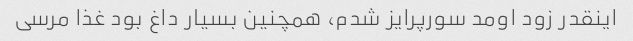
اینقدر زود اومد سورپرایز شدم، همچنین بسیار داغ بود غذا مرسی